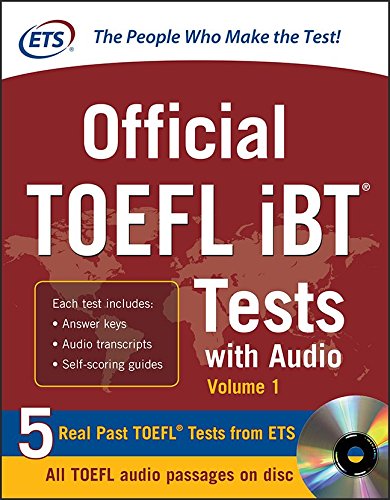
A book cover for Official TOEFL iBT Tests with Audio; Educational Testing Service; Test Preparation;